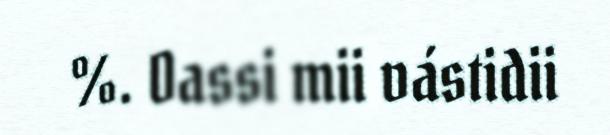
%. Oassi mii vástidii